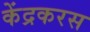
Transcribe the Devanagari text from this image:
केंद्रकरस